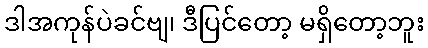
ဒါအကုန်ပဲခင်ဗျ၊ ဒီပြင်တော့ မရှိတော့ဘူး